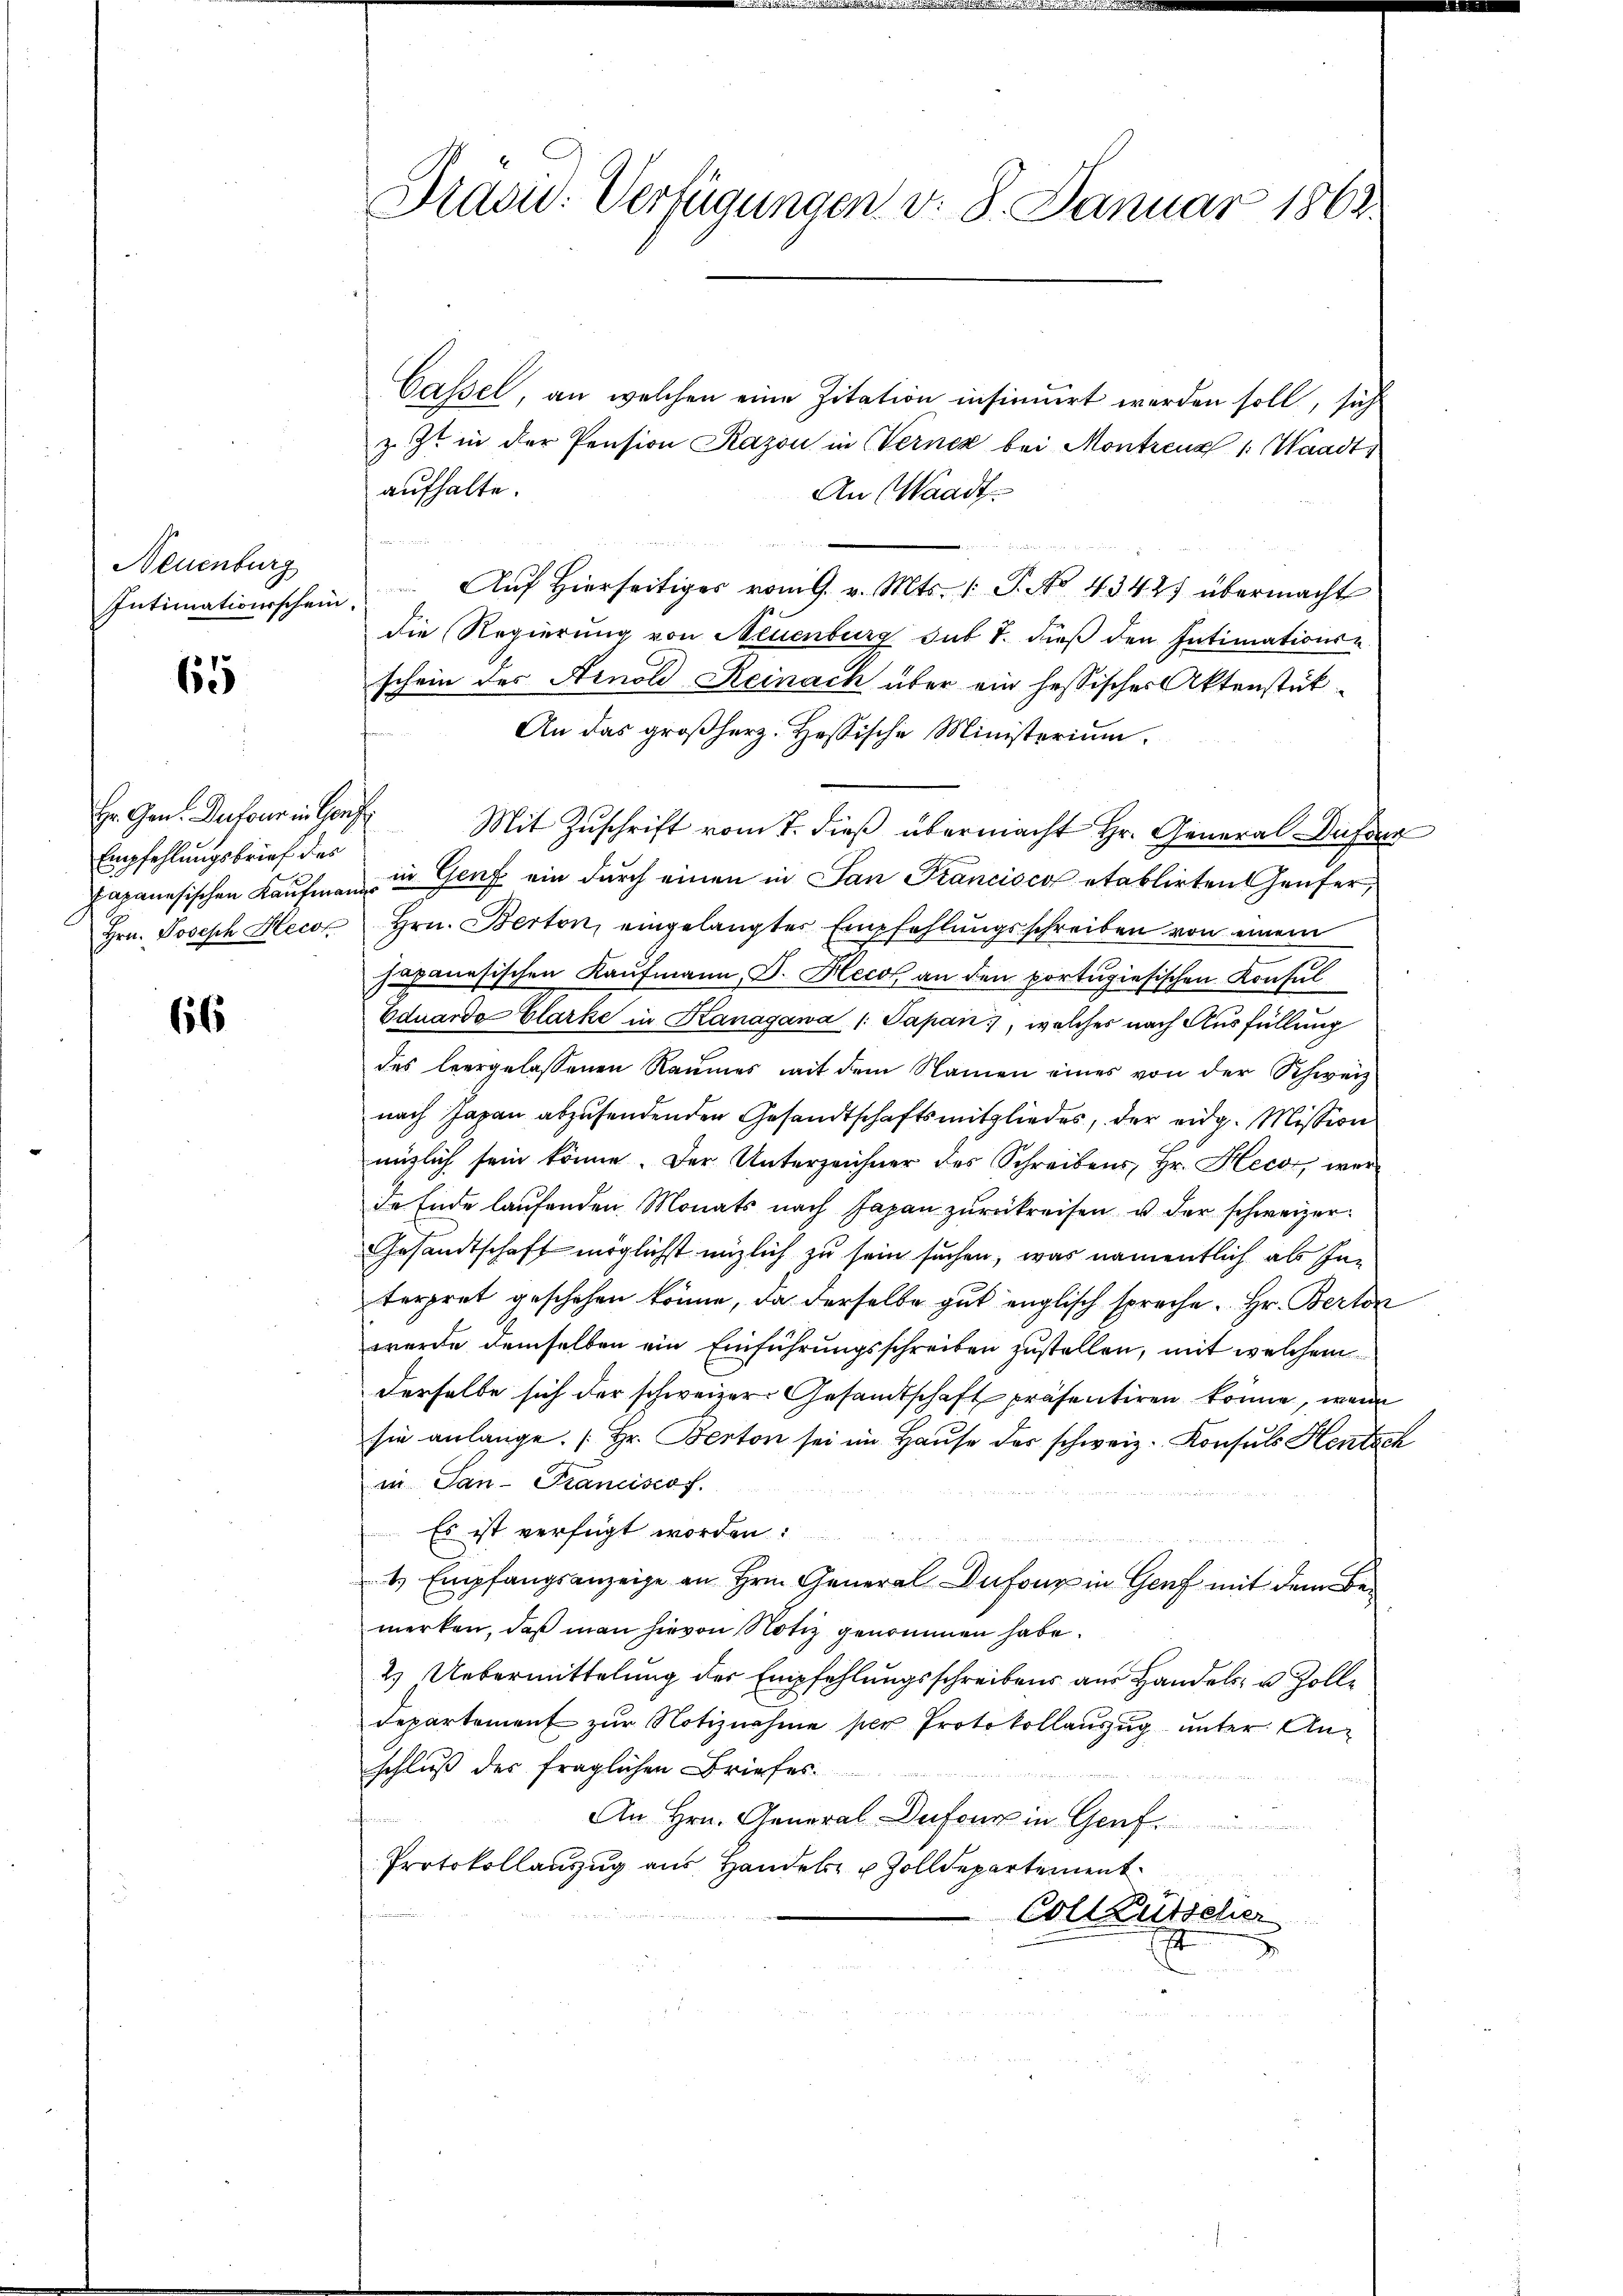
Neuenburg
Intimationsschein

65

Empfehlungsbrief des
Japanesischen Kaufmann
Hrn. Joseph Hecot

66

Drau. Verfügungen v. 8. Januar 1862.

Cassel, an welchen eine Zitation insinuirt werden soll, sich
z. Zt. in der Pension Kazon in Verner bei Montrenz 1: Waadt,
aufhalte.
An (Waadt
Auf hierseitiges vom 9. v. Mts. (: P. No. 4342) übermacht
die Regierung von Neuenburg sub 7. dieß den Intimationse
schein des Arnold Reinach über ein hessischer Aktenstük¬
An das großherz. Hessische Ministerium
Hr. Gen. Dufour in auf Mit Zŭschrift vom 7. dieß übermacht Hr. General-Dufour
in Genf ein durch einen in San Francisco etablirten Häuser,
Hrn. Berton, eingelangter Empfehlungsschreiben von einem
japanesischen Kaufmann, D. Heck an den portugisischen Konsul
Eduardo Glarke in Kanagawa /: Papan, welches nach Ausfüllung
des hergelassenen Raumes mit dem Namen eines von der Schweiz
nach Japan abzusendenden Gesandtschaftsmitgliedes, der eidg. Mission
mütlich sein könne. Der Unterzeichner des Schreibens, Hr. Hecs, werde Ende laŭfenden Monats nach Japan zŭrückreisen u der schweizer¬
Gesandtschaft möglichst möglich zu sein suchen, was namentlich als Inn
terpret geschehen könne, da derselbe gut englisch spreche. Hr. Berton
werde demselben ein Einführungsschreiben zustellen, mit welchem
derselbe sich der schweizer Gesandtschaft präsentiren könne, wenn
sie anlange. [Hr. Berton sei im Haŭse des schweiz. Konsuls Hentsch
in San-Kranciscof.
Es ist verfügt worden:
t Empfangsanzeige an Hrn. General Dufour in Genf mit dem Bemerken, daß man hievon Notiz genommen habe.
2. Uebermittelung der Empfehlungsschreibens aus Handels- u. Zoll¬
Departement zŭr Notiznahme per Protokollauszug unter Anschluß der fraglichen Briefes
n d
Gemeinen
An Hrn. General-Dufour in Graf
Protokollanzug aus Handels- & Zolldepartement
Coll Kutschen